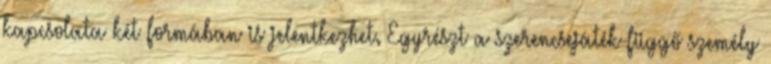
kapcsolata két formában is jelentkezhet. Egyrészt a szerencsejáték-függő személy